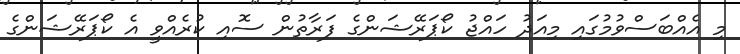
މި އެއްބަސްވުމުގައި މިއަދު ހައްޖު ކޯޕަރޭޝަންގެ ފަރާތުން ސޮއި ކުރެއްވީ އެ ކޯޕަރޭޝަންގެ